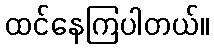
ထင်နေကြပါတယ်။